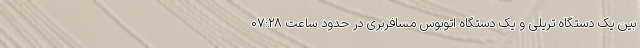
بین یک دستگاه تریلی و یک دستگاه اتوبوس مسافربری در حدود ساعت ۰۷:۲۸